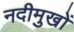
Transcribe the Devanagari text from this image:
नदीमुखों